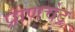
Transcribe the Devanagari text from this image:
प्राणचंद्र